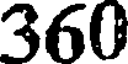
360